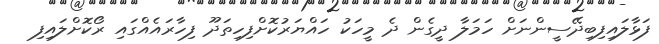
ފަޅާލައިފިބިދޭސީންނަށް ހަމަލާ ދީގެން ދެ މީހަކު ހައްޔަރުކޮށްފިހިތަދޫ ފިހާރައެއްގައި ރޯކޮށްލައިފި